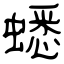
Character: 蟋